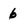
Character: 6